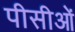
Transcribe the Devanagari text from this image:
पीसीओं